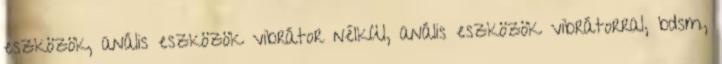
eszközök, anális eszközök vibrátor nélkül, anális eszközök vibrátorral, bdsm,